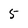
Character: 5